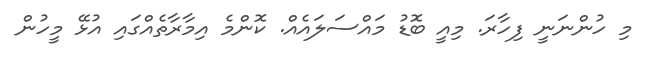
މި ހުންނަނީ ފިހާރަ. މިއީ ބޮޑު މައްސަލައެއް. ކޮންމެ އިމާރާތެއްގައި އުޅޭ މީހުން